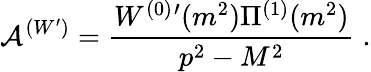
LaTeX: {\cal A}^{(W^{\prime})}=\frac{W^{(0)}{}^{\prime}(m^{2})\Pi^{(1)}(m^{2})}{p^{2}-M^{2}}\; .